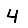
Digit: 4